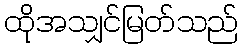
ထိုအသျှင်မြတ်သည်